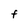
Character: F